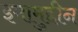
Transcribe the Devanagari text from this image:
इमामुद्दीन